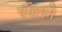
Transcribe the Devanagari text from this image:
पॅनेलने